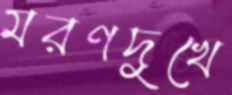
মরণদুখে